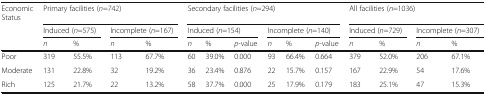
<table><thead><tr><td><b>Economic Status</b></td><td colspan="4"><b>Primary facilities (<i>n</i>=742)</b></td><td colspan="6"><b>Secondary facilities (<i>n</i>=294)</b></td><td colspan="4"><b>All facilities (<i>n</i>=1036)</b></td></tr><tr><td></td><td colspan="2"><b>Induced (<i>n</i>=575)</b></td><td colspan="2"><b>Incomplete (<i>n</i>=167)</b></td><td colspan="3"><b>Induced (<i>n</i>=154)</b></td><td colspan="3"><b>Incomplete (<i>n</i>=140)</b></td><td colspan="2"><b>Induced (<i>n</i>=729)</b></td><td colspan="2"><b>Incomplete (<i>n</i>=307)</b></td></tr><tr><td></td><td><b><i>n</i></b></td><td><b>%</b></td><td><b><i>n</i></b></td><td><b>%</b></td><td><b><i>n</i></b></td><td><b>%</b></td><td><b><i>p</i>-value</b></td><td><b><i>n</i></b></td><td><b>%</b></td><td><b><i>p</i>-value</b></td><td><b><i>n</i></b></td><td><b>%</b></td><td><b><i>n</i></b></td><td><b>%</b></td></tr></thead><tbody><tr><td>Poor</td><td>319</td><td>55.5%</td><td>113</td><td>67.7%</td><td>60</td><td>39.0%</td><td>0.000</td><td>93</td><td>66.4%</td><td>0.664</td><td>379</td><td>52.0%</td><td>206</td><td>67.1%</td></tr><tr><td>Moderate</td><td>131</td><td>22.8%</td><td>32</td><td>19.2%</td><td>36</td><td>23.4%</td><td>0.876</td><td>22</td><td>15.7%</td><td>0.157</td><td>167</td><td>22.9%</td><td>54</td><td>17.6%</td></tr><tr><td>Rich</td><td>125</td><td>21.7%</td><td>22</td><td>13.2%</td><td>58</td><td>37.7%</td><td>0.000</td><td>25</td><td>17.9%</td><td>0.179</td><td>183</td><td>25.1%</td><td>47</td><td>15.3%</td></tr></tbody></table>